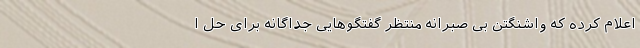
اعلام کرده که واشنگتن بی صبرانه منتظر گفتگوهایی جداگانه برای حل ا